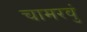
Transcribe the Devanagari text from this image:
चामरवुं